Indian journal of veterinary science and animal husbandry - Volumes 26-27, 1956-1957
Year: 1956
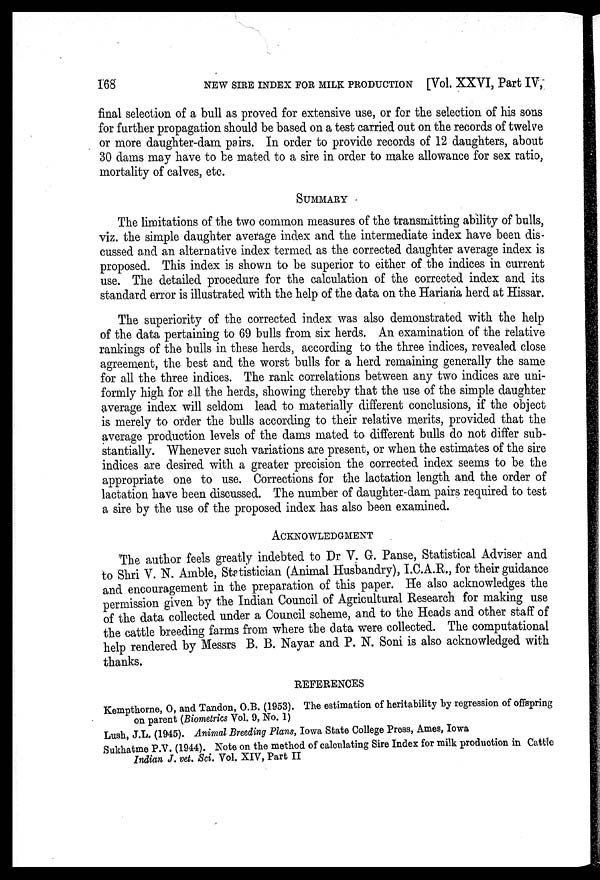
168
NEW SIRE INDEX FOR MILK PRODUCTION [Vol. XXVI, Part IV,
final selection of a bull as proved for extensive use, or for the selection of his sons
for further propagation should be based on a test carried out on the records of twelve
or more daughter-dam pairs. In order to provide records of 12 daughters, about
30 dams may have to be mated to a sire in order to make allowance for sex ratio,
mortality of calves, etc.
SUMMARY
The limitations of the two common measures of the transmitting ability of bulls,
viz. the simple daughter average index and the intermediate index have been dis-
cussed and an alternative index termed as the corrected daughter average index is
proposed. This index is shown to be superior to either of the indices in current
use. The detailed procedure for the calculation of the corrected index and its
standard error is illustrated with the help of the data on the Hariana herd at Hissar.
The superiority of the corrected index was also demonstrated with the help
of the data pertaining to 69 bulls from six herds. An examination of the relative
rankings of the bulls in these herds, according to the three indices, revealed close
agreement, the best and the worst bulls for a herd remaining generally the same
for all the three indices. The rank correlations between any two indices are uni-
formly high for all the herds, showing thereby that the use of the simple daughter
average index will seldom lead to materially different conclusions, if the object
is merely to order the bulls according to their relative merits, provided that the
average production levels of the dams mated to different bulls do not differ sub-
stantially. Whenever such variations are present, or when the estimates of the sire
indices are desired with a greater precision the corrected index seems to be the
appropriate one to use. Corrections for the lactation length and the order of
lactation have been discussed. The number of daughter-dam pairs required to test
a sire by the use of the proposed index has also been examined.
ACKNOWLEDGMENT
The author feels greatly indebted to Dr V. G. Panse, Statistical Adviser and
to Shri V. N. Amble, Statistician (Animal Husbandry), I.C.A.R., for their guidance
and encouragement in the preparation of this paper. He also acknowledges the
permission given by the Indian Council of Agricultural Research for making use
of the data collected under a Council scheme, and to the Heads and other staff of
the cattle breeding farms from where the data were collected. The computational
help rendered by Messrs B. B. Nayar and P. N. Soni is also acknowledged with
thanks.
REFERENCES
Kempthorne, O, and Tandon, O.B. (1953). The estimation of heritability by regression of offspring
on parent (Biometrics Vol. 9, No. 1)
Lush, J.L. (1945). Animal Breeding Plans, Iowa State College Press, Ames, Iowa
Sukhatme P.V. (1944). Note on the method of calculating Sire Index for milk production in Cattle
Indian J. vet. Sci. Vol. XIV, Part II